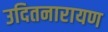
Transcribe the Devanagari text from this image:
उदितनारायण